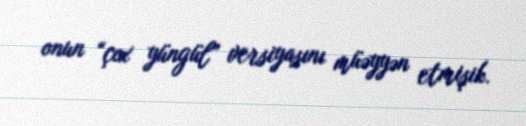
onun “çox yüngül” versiyasını müəyyən etmişik.